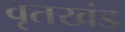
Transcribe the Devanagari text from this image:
वृतखंड